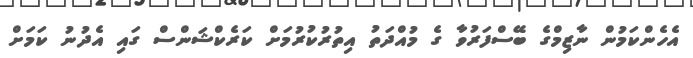
އެހެންކަމުން ނާޒިމްގެ ބޭސްފަރުވާ ގެ މުއްދަތު އިތުރުކުރުމަށް ކަރެކްޝަންސް ގައި އެދުނު ކަމަށް